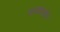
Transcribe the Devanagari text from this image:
फलंदाजीने